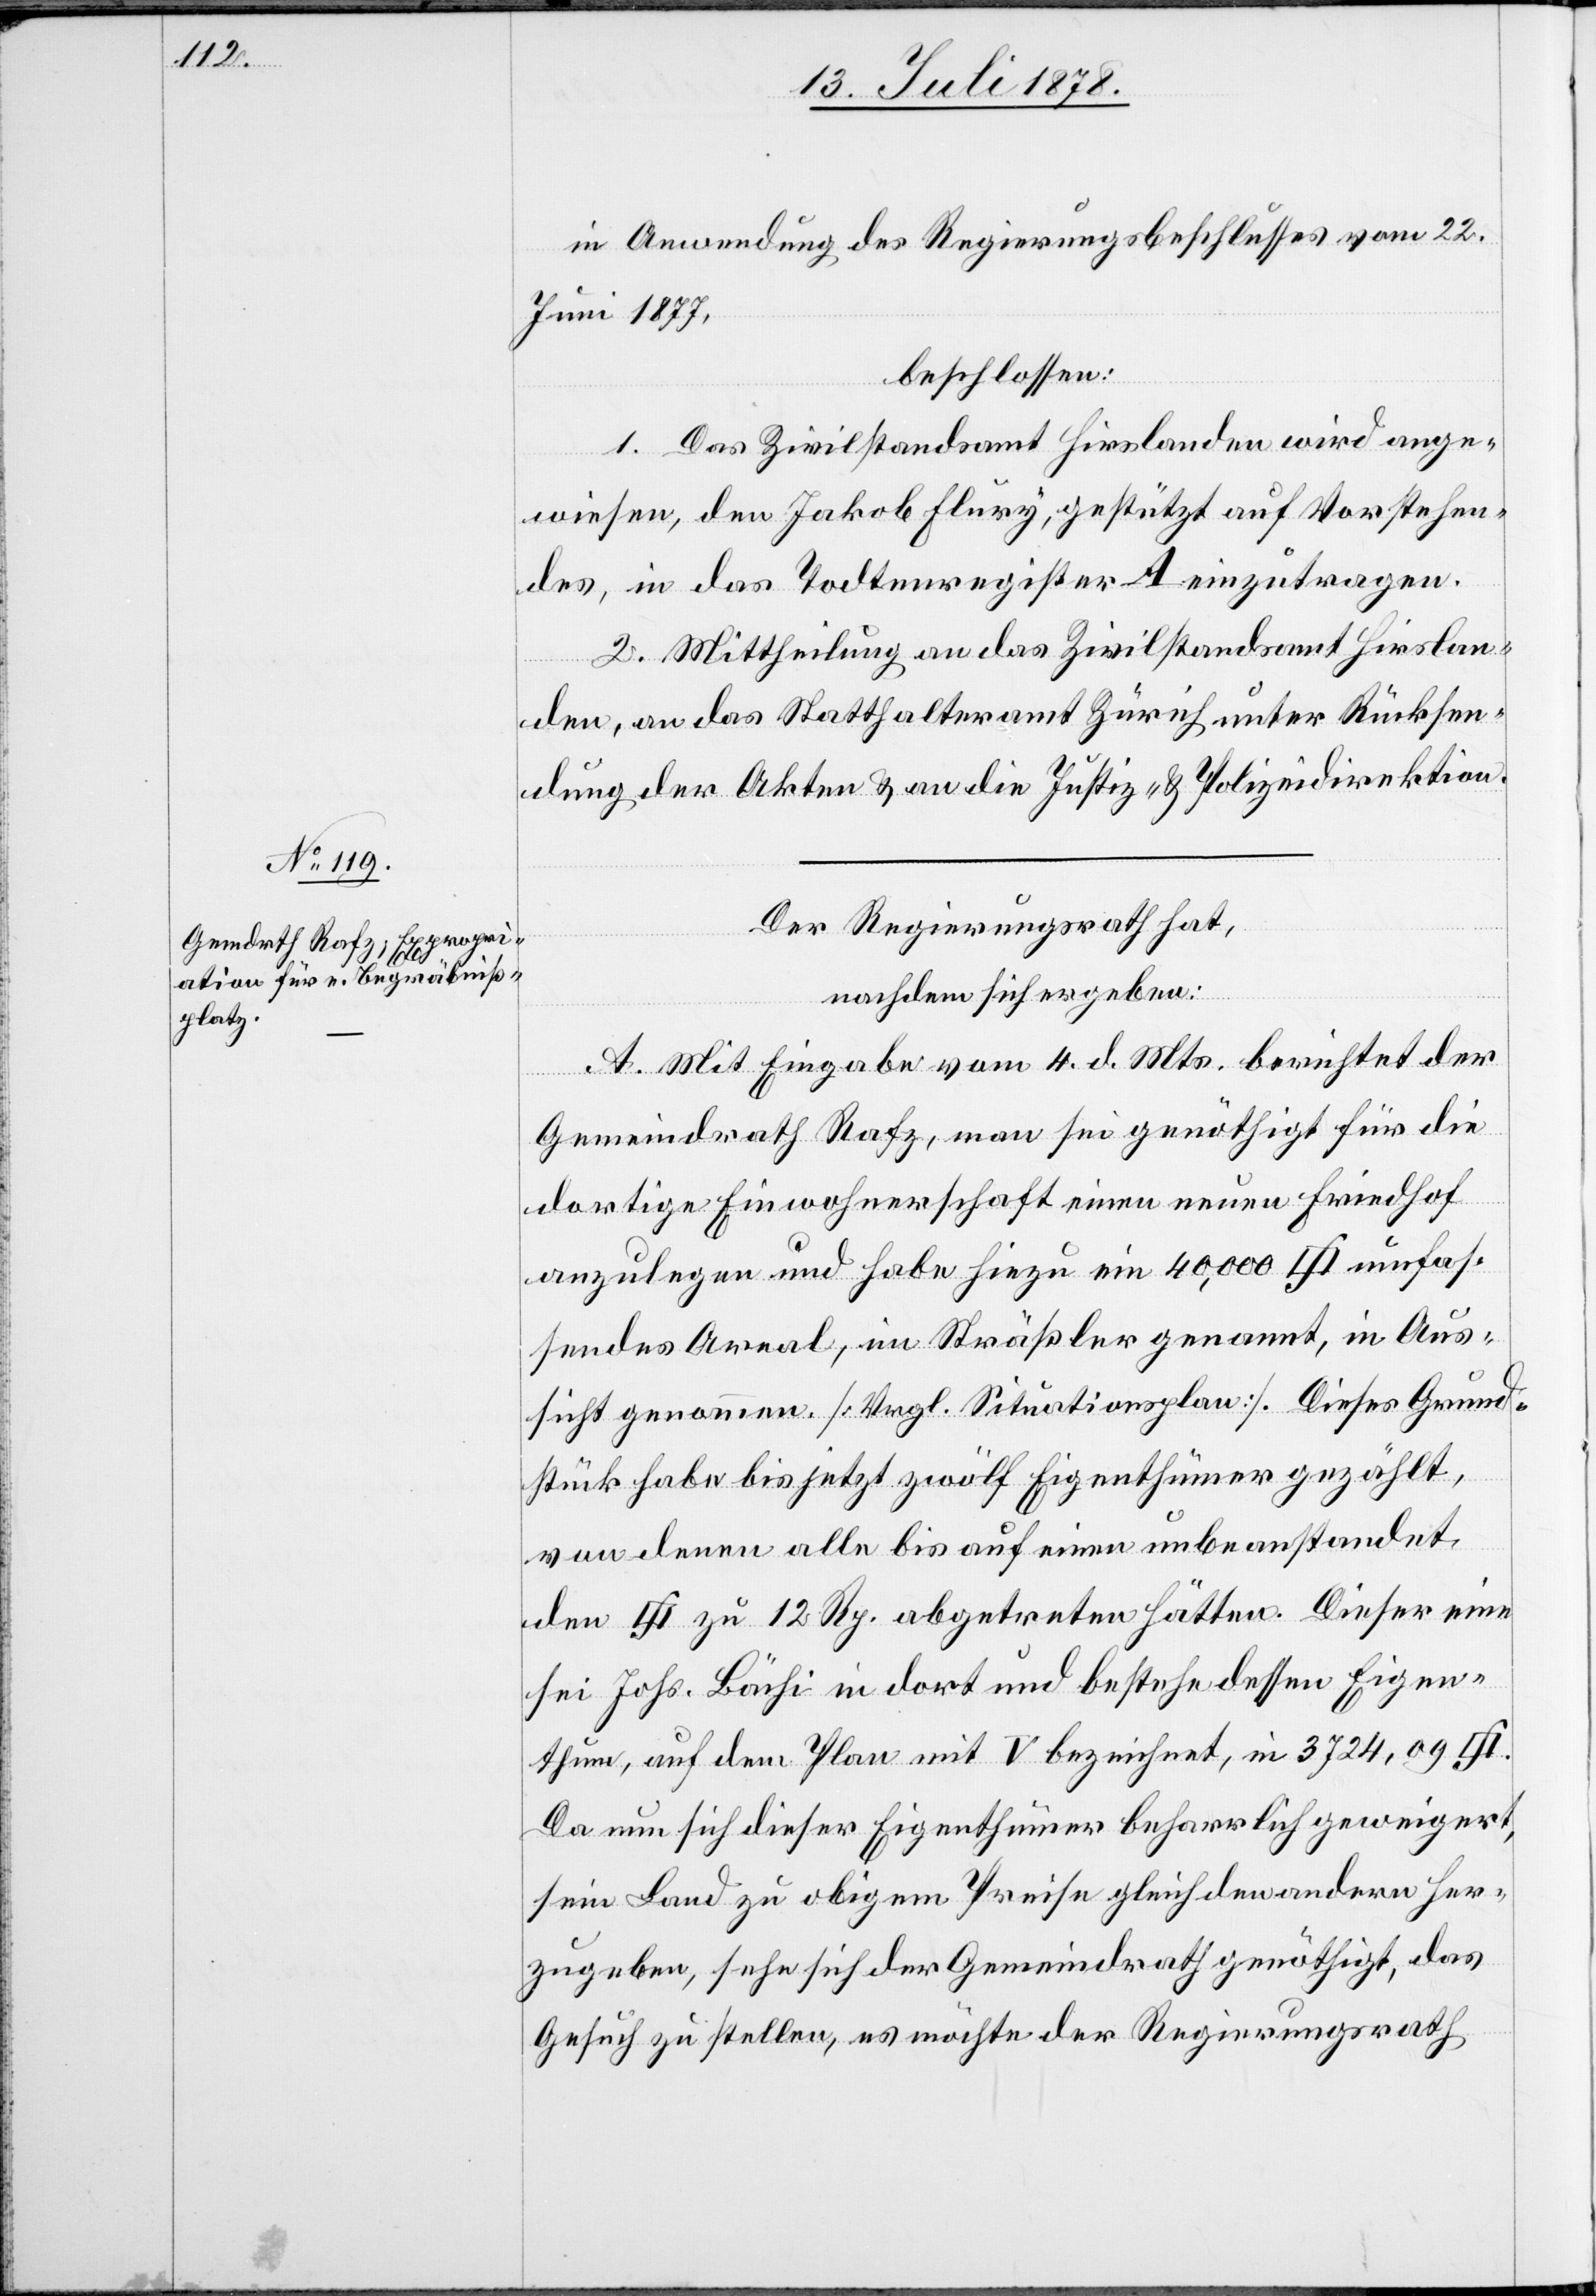
in Anwendung des Regierungsbeschlusses vom 22.
Juni 1877,
beschlossen:
1. Das Zivilstandsamt Hirslanden wird ange¬
wiesen, den Jakob Flury, gestützt auf Vorstehen¬
des, in das Todtenregister A einzutragen.
2. Mittheilung an das Zivilstandsamt Hirslan¬
den, an das Statthalteramt Zürich unter Rücksen¬
dung der Akten & an die Justiz- & Polizeidirektion.
Der Regierungsrath hat,
nachdem sich ergeben:
A. Mit Eingabe vom 4. d. Mts. berichtet der
Gemeindrath Rafz, man sei genöthigt für die
[Qua¬
dortige Einwohnerschaft einen neuen Friedhof
anzulegen und habe hiezu ein 40,000 [Quadrat¬
sendes Areal, im Sträßler genannt, in Aus¬
sicht genommen [Vergl. Situationsplan]. Dieses Grund¬
stück habe bis jetzt zwölf Eigenthümer gezählt,
von denen alle bis auf einen unbeanstandet,
dratfuss] zu 12 Rp. abgetreten hätten. Dieser eine
sei Johs. Bächi in dort und bestehe dessen Eigen¬
thum, auf dem Plan mit V bezeichnet, in 3724,09
Da nun sich dieser Eigenthümer beharrlich geweigert,
sein Land zu obigem Preise gleich den andern her¬
zugeben, sehe sich der Gemeindrath genöthigt, das
Gesuch zu stellen, es möchte der Regierungsrath